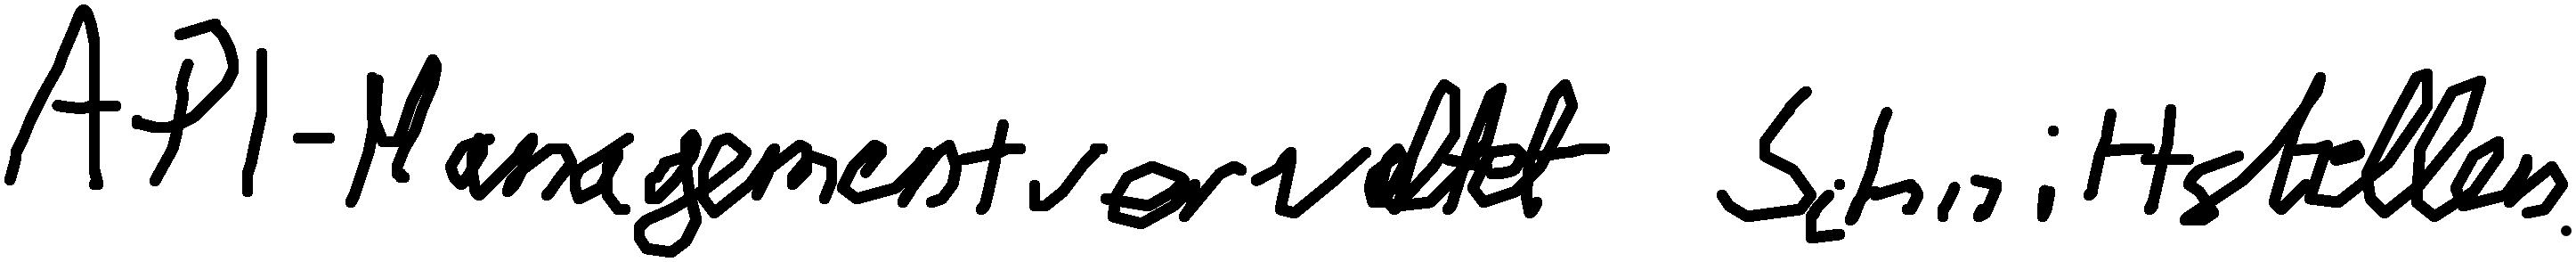
API-Management verwaltet Schnittstellen.